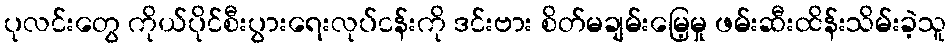
ပုလင်းတွေ ကိုယ်ပိုင်စီးပွားရေးလုပ်ငန်းကို ဒင်းဗား စိတ်မချမ်းမြေ့မှု ဖမ်းဆီးထိန်းသိမ်းခဲ့သူ